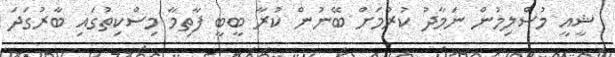
ޝީއީ މުސްލިމުން ނަމާދު ކުރުމަށް ބޭނުން ކުރާ ބީބީ ފާތިމާ މިސްކިތުގައި ބާރުގަދަ